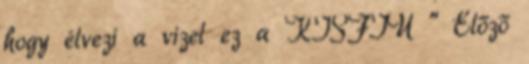
hogy élvezi a vizet ez a KISFIÚ " Előző